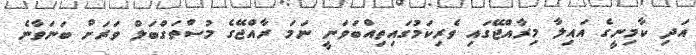
އަދި ކާމިނީގެ އައިލާ މިރާއްޖޭގައި ވެރިކަމުގައިތިއްބަވަނީ ނަމަ ރާއްޖޭގެ މުސްތަގްބަލް ވަރަށް ބަނަވާނެ